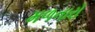
મળનારો